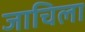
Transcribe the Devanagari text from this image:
जाचिला